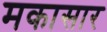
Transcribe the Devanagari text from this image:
मकासार